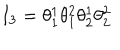
LaTeX: I _ { 3 } = \theta _ { 1 } ^ { 1 } \theta _ { 1 } ^ { 2 } \theta _ { 2 } ^ { 1 } \theta _ { 2 } ^ { 2 }